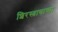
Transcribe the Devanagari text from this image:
शिरस्त्राणाच्या